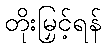
တိုးမြှင့်ရန်